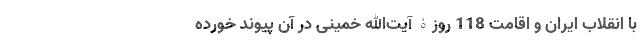
با انقلاب ایران و اقامت 118 روزۀ آیت‌الله خمینی در آن پیوند خورده